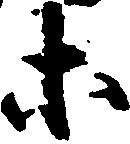
等